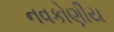
નવકોણીય